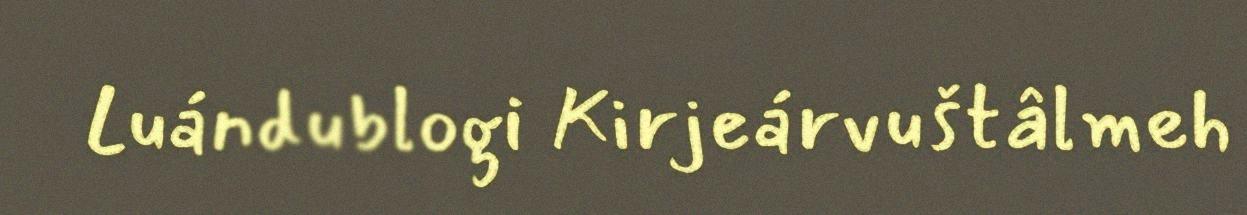
Luándublogi Kirjeárvuštâlmeh